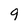
Character: 9